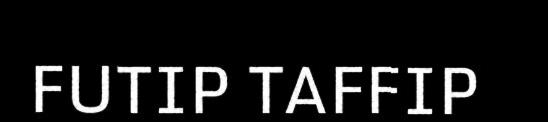
FUTIP TAFFIP